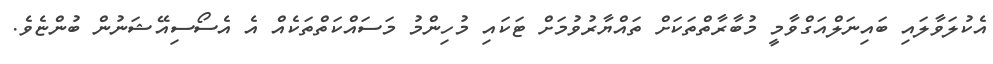
އެކުލަވާލައި ބައިނަލްއަގްވާމީ މުބާރާތްތަކަށް ތައްޔާރުވުމަށް ޓަކައި މުހިންމު މަސައްކަތްތަކެއް އެ އެސޯސިއޭޝަނުން ބުންޏެވެ.